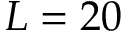
L = 2 0